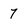
Character: 7